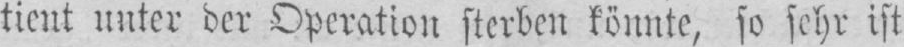
tient unter der Operation sterben könnte, so sehr ist